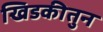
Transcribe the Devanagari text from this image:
खिडकीतुन